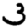
Digit: 3